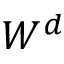
W ^ { d }